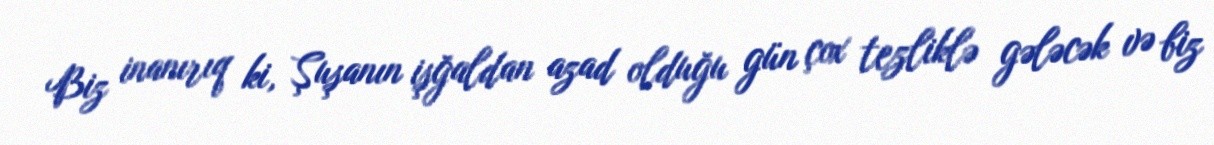
Biz inanırıq ki, Şuşanın işğaldan azad olduğu gün çox tezliklə gələcək və biz